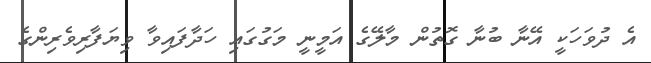
އެ ދުވަހަކީ އޭނާ ބުނާ ގޮތުން މާލޭގެ އަމީނީ މަގުގައި ހަދާފައިވާ ވިޔަފާރިވެރިންގެ